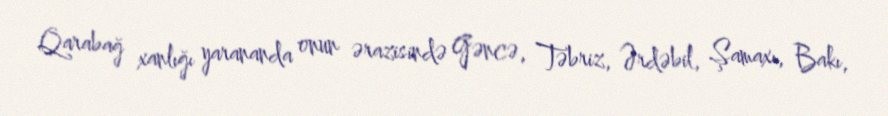
Qarabağ xanlığı yarananda onun ərazisində Gəncə, Təbriz, Ərdəbil, Şamaxı, Bakı,